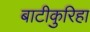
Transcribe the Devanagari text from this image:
बाटीकुरिहा